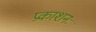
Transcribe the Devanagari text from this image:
प्रकाशनः